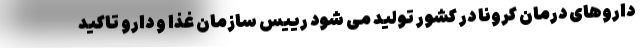
داروهای درمان کرونا در کشور تولید می شود رییس سازمان غذا و دارو تاکید